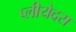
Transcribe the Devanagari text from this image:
प्लीयेदस